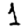
Digit: 1